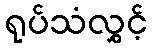
ရုပ်သံလွှင့်